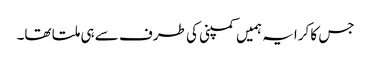
جس کا کرایہ ہمیں کمپنی کی طرف سے ہی ملتا تھا۔